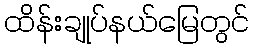
ထိန်းချုပ်နယ်မြေတွင်